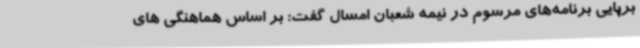
برپایی برنامه‌های مرسوم در نیمه شعبان امسال گفت: بر اساس هماهنگی های